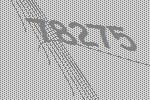
78275